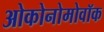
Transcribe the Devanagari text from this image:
ओकोनोमोवॉक